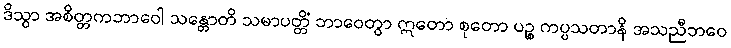
ဒိသွာ အစိတ္တကဘာဝေါ သန္တောတိ သမာပတ္တိံ ဘာဝေတွာ ဣတော စုတော ပဉ္စ ကပ္ပသတာနိ အသညီဘဝေ